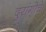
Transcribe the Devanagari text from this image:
दुरांगोचे